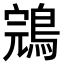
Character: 鵍